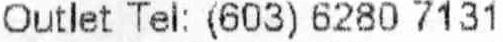
OUTLET TEL: (603) 6280 7131